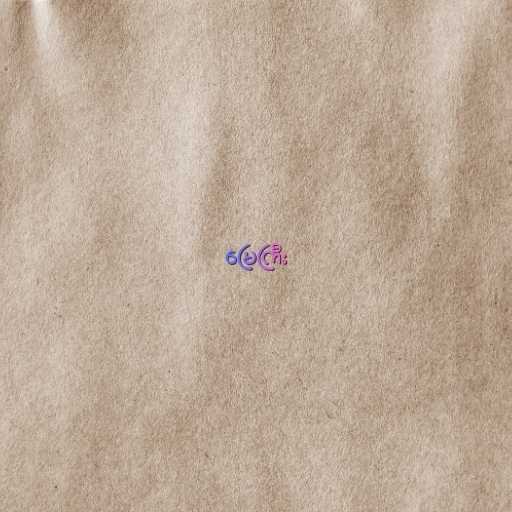
မြေကြီး